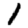
Digit: 1